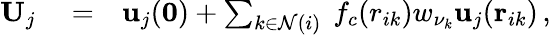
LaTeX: \begin{array}{rlr}{{\mathbf U}_{j}}&{{}=}&{{\mathbf u}_{j}({\mathbf 0})+\sum_{k\in\mathcal{N}(i)}~f_{c}(r_{ik})w_{\nu_{k}}{\mathbf u}_{j}({\mathbf r}_{ik})\, ,}\end{array}